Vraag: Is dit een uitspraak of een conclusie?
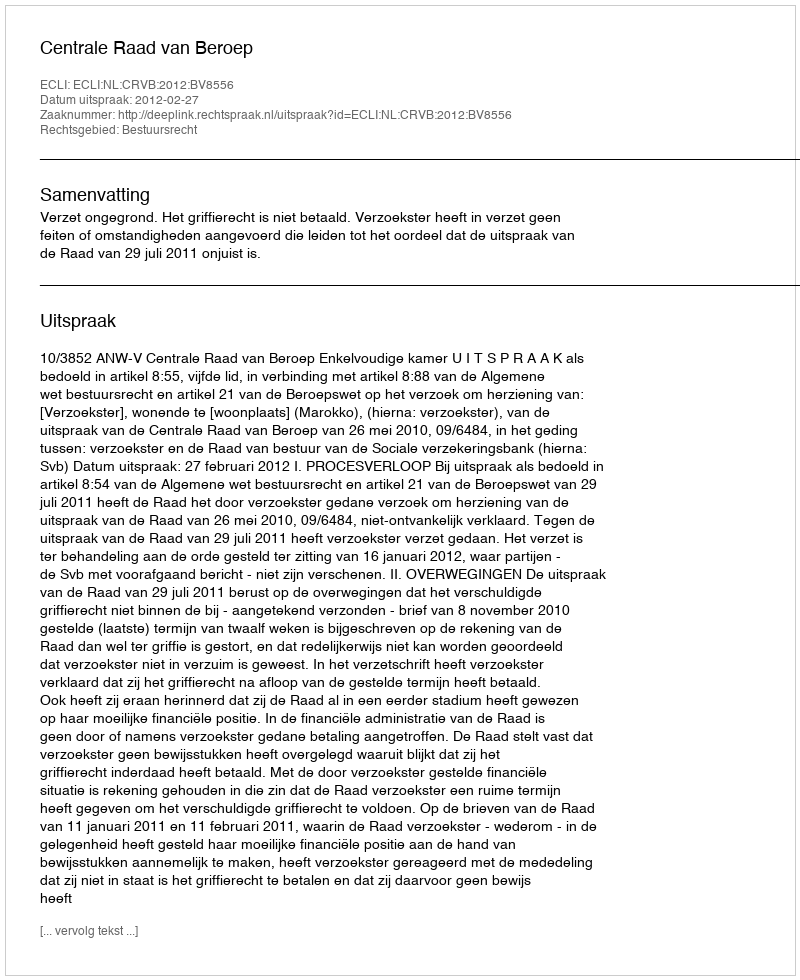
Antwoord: Uitspraak